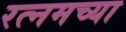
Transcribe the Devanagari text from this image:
रत्नमच्या